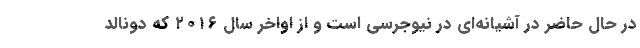
در حال حاضر در آشیانه‌ای در نیوجرسی است و از اواخر سال ۲۰۱۶ که دونالد